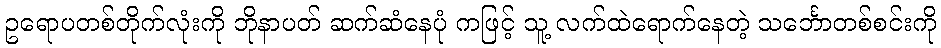
ဥရောပတစ်တိုက်လုံးကို ဘိုနာပတ် ဆက်ဆံနေပုံ ကဖြင့် သူ့ လက်ထဲရောက်နေတဲ့ သင်္ဘောတစ်စင်းကို